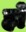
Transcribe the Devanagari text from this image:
हो